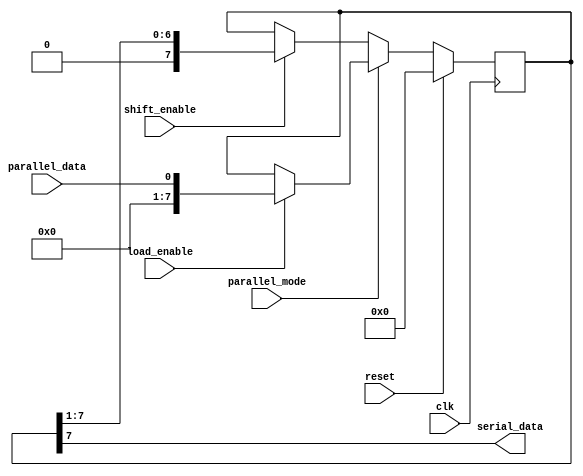
module PISO_shift_register(
    input wire clk,
    input wire reset,
    input wire parallel_mode,
    input wire shift_enable,
    input wire load_enable,
    input wire parallel_data,
    output reg serial_data
);

reg [7:0] flip_flops; // Using 8 flip-flops for demonstration

always @(posedge clk) begin
    if (reset) begin
        flip_flops <= 8'b0; // Reset all flip-flops to 0
    end else begin
        if (parallel_mode) begin
            if (load_enable) begin
                flip_flops <= parallel_data; // Load new parallel data into flip-flops
            end
        end else begin
            if (shift_enable) begin
                flip_flops <= {1'b0, flip_flops[7:1]}; // Shift data from one flip-flop to the next
            end
        end
    end
end

assign serial_data = flip_flops[7]; // Output serial data from last flip-flop

endmodule